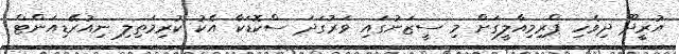
އުރީދޫ ދިވެހި ޕްރިމިއާލީގަށް މި ސީޒަނުގައި ވަރުގަދަ ސްކޮޑަކާ އެކު ކުރިމަތިލި ނިއުރޭޑިއަންޓް